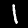
Digit: 1